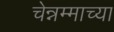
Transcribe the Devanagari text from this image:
चेन्नम्माच्या